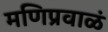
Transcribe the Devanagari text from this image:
मणिप्रवाळं